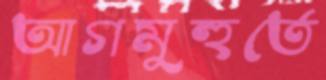
আগমুহুর্তে